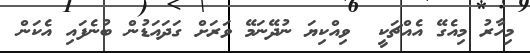
މިހާރު މިއެގޭ އެއްޗަކީ  ވިއްކިޔަ ނުދޭނަމޭ ވަރަށް ގަދައަޑުން ބުނެފައި އެކަން